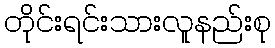
တိုင်းရင်းသားလူနည်းစု